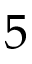
5